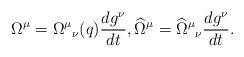
LaTeX: \begin{align*}\Omega^{\mu}=\Omega^{\mu}{}_{\nu}(q)\frac{dg^{\nu}}{dt}, \widehat{\Omega}^{\mu}=\widehat{\Omega}^{\mu}{}_{\nu}\frac{dg^{\nu}}{dt}.\end{align*}